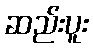
ဆည်းပူး